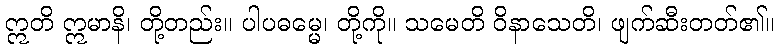
ဣတိ ဣမာနိ၊ တို့တည်း။ ပါပဓမ္မေ၊ တို့ကို။ သမေတိ ဝိနာသေတိ၊ ဖျက်ဆီးတတ်၏။